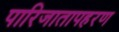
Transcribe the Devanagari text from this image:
पारिजातापहरण